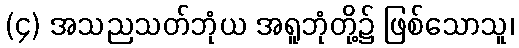
(၄) အသညသတ်ဘုံယ အရူဘုံတို့၌ ဖြစ်သောသူ၊